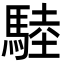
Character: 𩣱